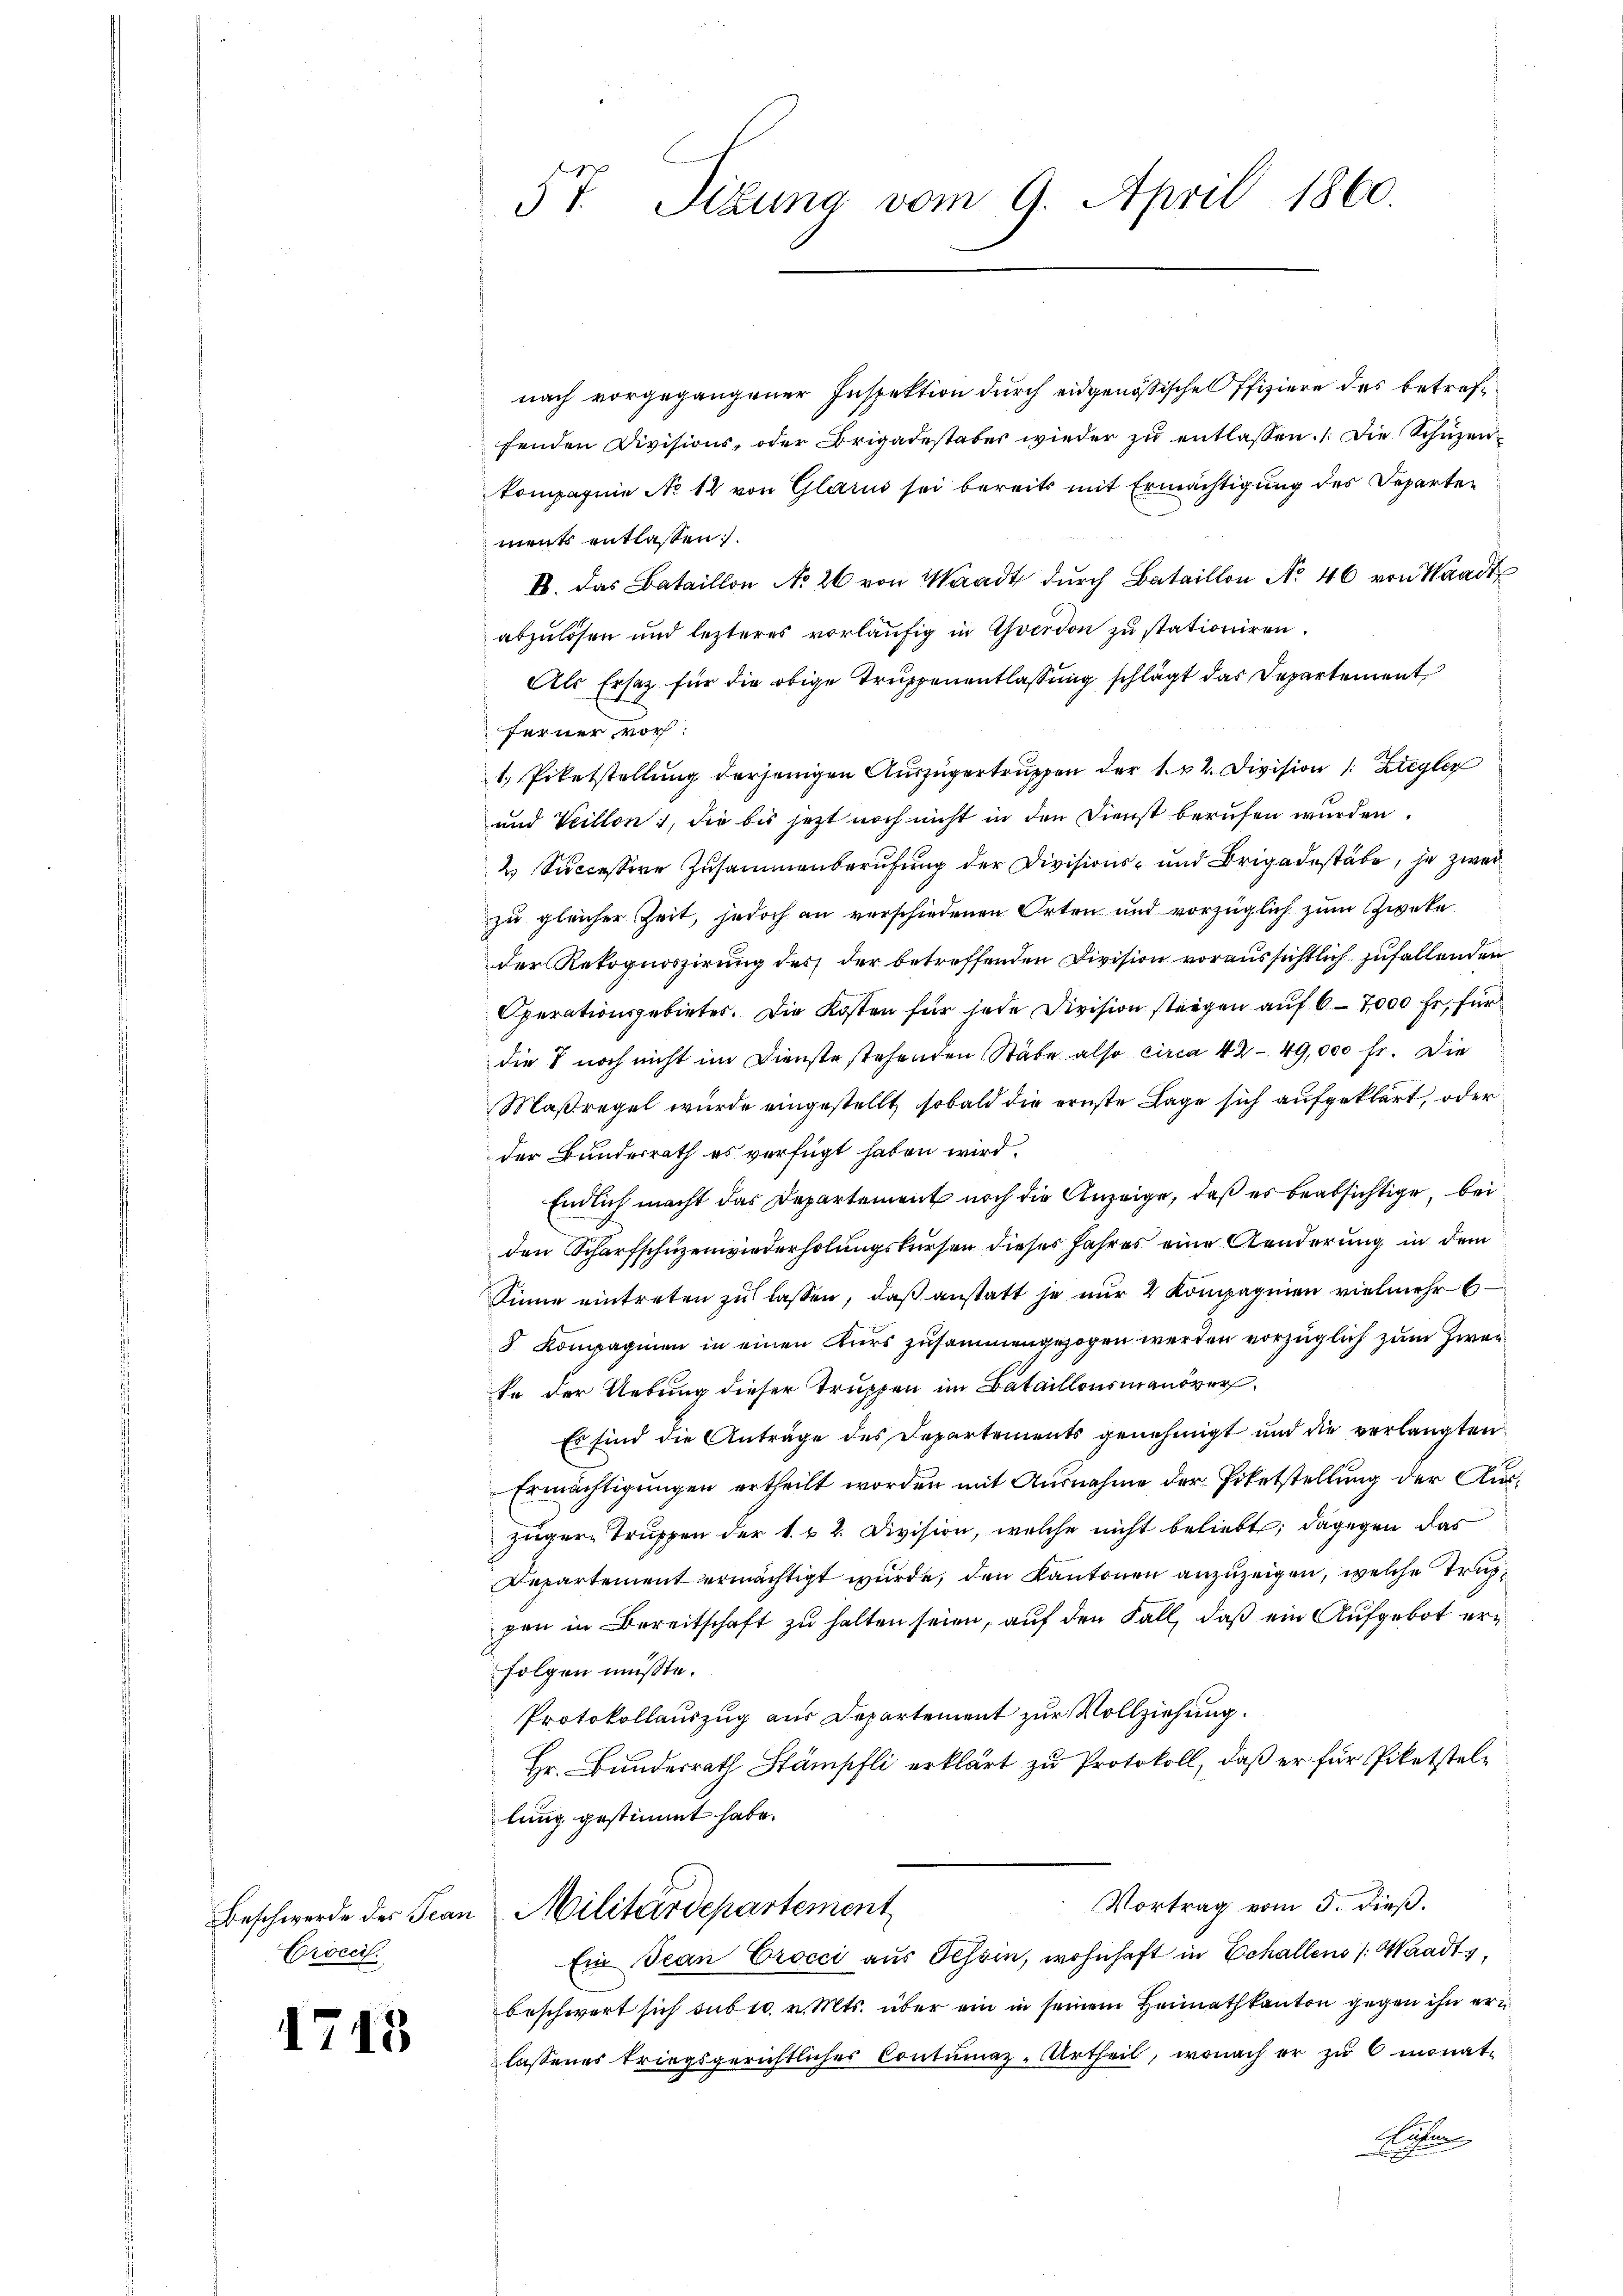
Beschwerde des Tean
Crocci

1743

57. Sitzung vom 9. April 1860.

nach vorgegangener Inspektion durch eidgenössische Offiziere des betreffenden Divisions, oder Brigadestaber wieder zu entlassen. Die Schüzen
kompagnie No 12 von Glarus sei bereits mit Ermächtigung des Departen
ment entlassen.
IV. das Bataillon No 26 von Waadt durch Bataillon No 46 von Waadt
abzulösen und lezteres vorläŭfig in Yverdon zu stationiren.
Als Ersatz für die obige Truppenentlassung schlägt das Departement
ferner vor:
1. Pietstellung derjenigen Auszügertruppen der 1. 22. Division  Ziegler
und Veillon, die bis jetzt noch nicht in den Dienst berufen wurden.
2 Successive Zusammenberufung der Divisions- und Brigadestäbe, je zwei
zu gleicher Zeit, jedoch an verschiedenen Orten und vorzüglich zum Zweke
der Rekognoszirung des der betreffenden Division voraussichtlich zufallenden
Operationsgebieter. Die Kosten für jede Division strigen auf 6-7000 fr. für
die § noch nicht im Dienste stehenden Stäbe also circa 42-49,000 fr. Die
Maßregel wurde eingestellt, sobald die ernste Lage sich aufgeklärt, oder
der Bundesrath es verfügt haben wird.
Endlich macht das Departement noch die Anzeige, daß er beabsichtige, bei
den Scharfschuzenwiederholungskursen dieses Jahres eine Aenderung in dem
Sinne eintreten zu lassen, daß anstatt je nur 2 Kompagnien vielmehr b
8 Kompagnien in einen Kurs zusammengezogen werden vorzüglich zum Zweite der Uebung dieser Truppen im Bataillonsmanöver¬
Es sind die Anträge des Departements genehmigt und die verlangten
Ermächtigungen ertheilt worden mit Ausnahme der Pietstellung der Auszüger-Truppen der k. u. 2. Division, welche nicht beliebt; dagegen das
Departement ermächtigt wurde, den Kantonen anzuzeigen, welche Truppen in Bereitschaft zu halten seien, auf den Fall, daß ein Aufgebot erfolgen müsste.
Protokollauszug aus Departement zur Vollziehung.
Hr. Bundesrath Stämpfli erklärt zu Protokoll, daß er für Piketstellung gestimmt habe.
Vortrag vom 5. dieß.
Militärdepartement
Ein Jean Crocci aus Tessin, wohnhaft in Echallens (Waadt,
beschwert sich sub 10. v. Mts. über ein in seinem Heimathkanton gegen ihn ern
lassenes triegsgerichtlicher Contumaz-Urtheil, wonach er zu 6 monat¬
Acten